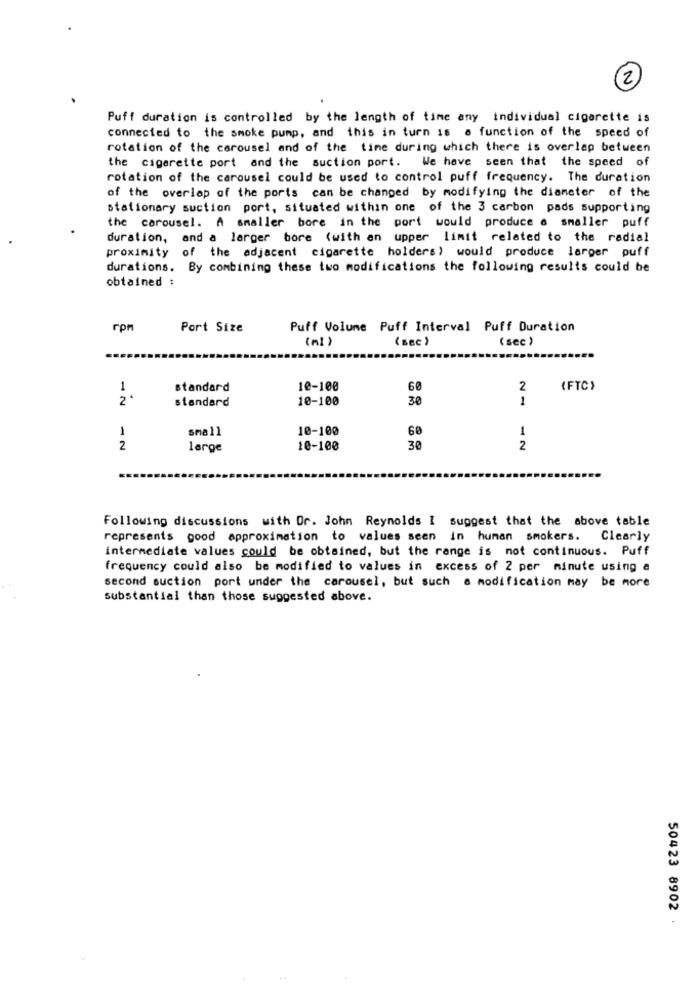
2
Puff duration is controlled by the length of time any individual cigarette is
connected to the smoke pump, and this in turn is a function of the speed of
rotation of the carousel and of the time during which there is overlap between
the cigarette port and the suction port. We have seen that the speed of
rotation of the carousel could be used to control puff frequency. The duration
of the overlap of the ports can be changed by modifying the diameter of the
stationary suction port, situated within one of the 3 carbon pads supporting
the carousel. A smaller bore in the port would produce a smaller puff
duration, and a larger bore (with an upper limit related to the radial
proximity of the adjacent cigarette holders) would produce larger puff
durations. By combining these two modifications the following results could be
obtained :
rpr
Port Size
Puff Volume Puff Interval Puff Duration
(nl)
(sec )
(sec )
1
standard
10-100
60
2
(FTC)
2.
standard
10-100
30
1
1
small
10-100
60
1
2
large
10-100
30
2
Following discussions with Dr. John Reynolds I suggest that the above table
represents good approximation to values seen in human smokers. Clearly
intermediate values could be obtained, but the range is not continuous. Puff
frequency could also be modified to values in excess of 2 per minute using a
second suction port under the carousel, but such a modification may be more
substantial than those suggested above.
50423 8902 .